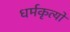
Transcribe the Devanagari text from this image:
धर्मकृत्यों